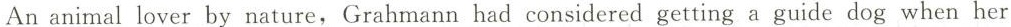
An animal lover by nature, Grahmann had considered getting a guide dog when her